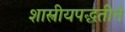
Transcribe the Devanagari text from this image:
शास्त्रीयपद्धतीने